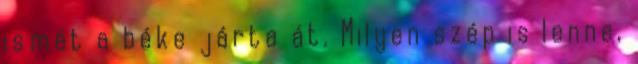
ismét a béke járta át. Milyen szép is lenne,